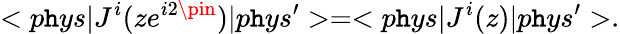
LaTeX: <p\mathtt{h}ys|J^{i}(ze^{i2\pin})|p\mathtt{h}ys^{\prime}>=<p\mathtt{h}ys|J^{i}(z)|p\mathtt{h}ys^{\prime}>.